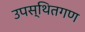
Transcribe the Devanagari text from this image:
उपस्थितगण